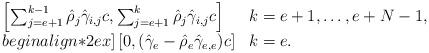
LaTeX: \begin{align*}\begin{array}{ll}\left[\sum_{j=e+1}^{k-1} \hat\rho_j \hat\gamma_{i,j} c,\sum_{j=e+1}^{k} \hat\rho_j \hat\gamma_{i,j} c\right]&k=e+1,\dots,e+N-1,\\begin{align*}2ex]\left[0,(\hat\gamma_{e} - \hat\rho_e\hat\gamma_{e,e})c\right]& k=e.\end{array}\end{align*}